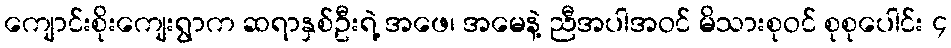
ကျောင်းစိုးကျေးရွာက ဆရာနှစ်ဦးရဲ့ အဖေ၊ အမေနဲ့ ညီအပါအဝင် မိသားစုဝင် စုစုပေါင်း ၄